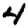
Digit: 4